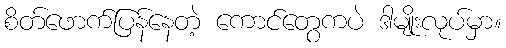
စိတ်ဖောက်ပြန်နေတဲ့ ကောင်တွေကပဲ ဒါမျိုးလုပ်မှာ။